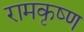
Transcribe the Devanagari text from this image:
रामकृष्‍ण